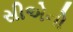
સીએનો